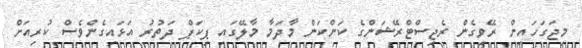
މިޖަގަހައިން ރޭވިިގެން ރެޖިސްޓްރޭޝަންގެ ކަންކަން މާދަމާ މާލޭގައި ޕިކަޕް ދަތުރު އަޅައިގެންވެސް ކުރިއަށް